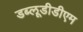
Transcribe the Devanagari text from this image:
डब्लूडीडीएम